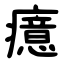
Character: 癔